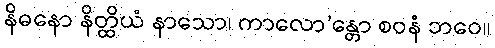
နိဓနော နိတ္ထိယံ နာသော၊ ကာလော’န္တော စဝနံ ဘဝေ။